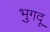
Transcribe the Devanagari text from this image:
भुगदू